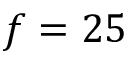
f = 2 5